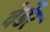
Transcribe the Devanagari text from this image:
वेर्डेर